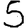
Digit: 5